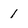
Character: 1